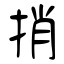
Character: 捎